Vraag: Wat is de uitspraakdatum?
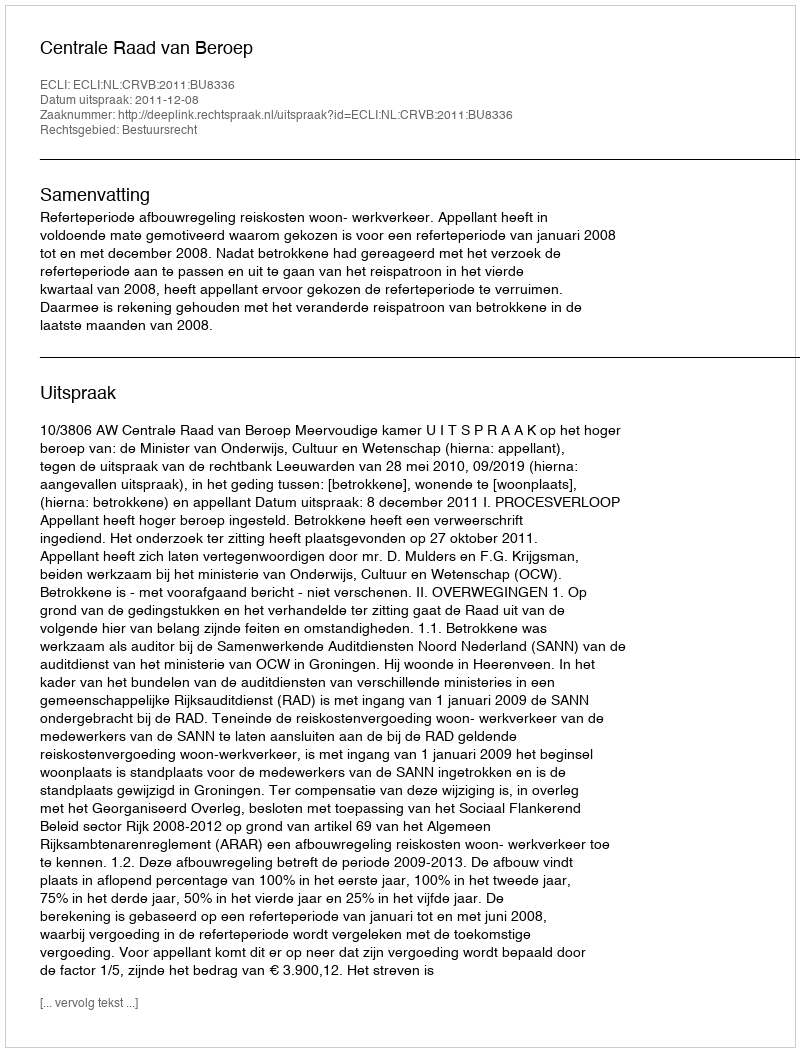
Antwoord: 2011-12-08